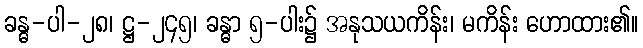
ခန္ဓ-ပါ-၂၈၊ ဋ္ဌ-၂၄၅၊ ခန္ဓာ ၅-ပါး၌ အနုသယကိန်း၊ မကိန်း ဟောထား၏။